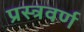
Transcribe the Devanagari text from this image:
प्रस्त्रवर्ण